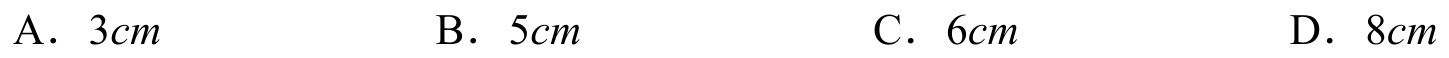
A．\(3cm\)  \(\quad\)B．\(5cm\)  \(\quad\)C．\(6cm\)  \(\quad\)D．\(8cm\)